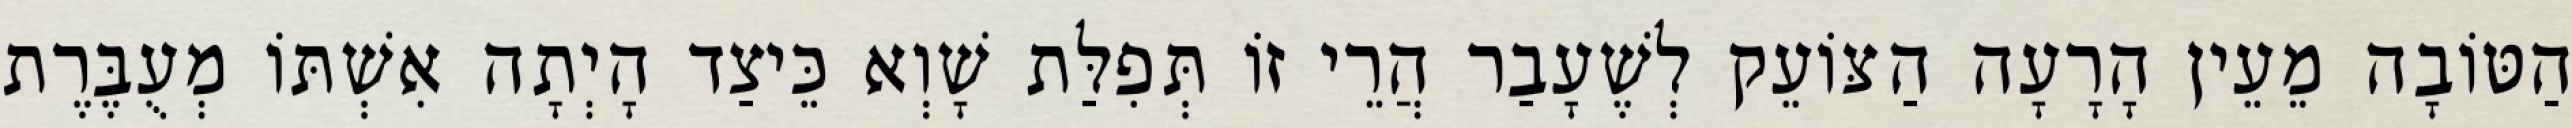
הַטּוֹבָה מֵעֵין הָרָעָה הַצּוֹעֵק לְשֶׁעָבַר הֲרֵי זוֹ תְּפִלַּת שָׁוְא כֵּיצַד הָיְתָה אִשְׁתּוֹ מְעֻבֶּרֶת